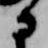
に